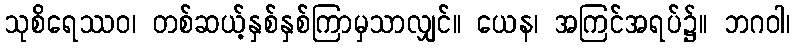
သုစိရေဿဝ၊ တစ်ဆယ့်နှစ်နှစ်ကြာမှသာလျှင်။ ယေန၊ အကြင်အရပ်၌။ ဘဂဝါ၊